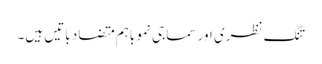
تنگ نظری اور سماجی نمو باہم متضاد باتیں ہیں۔